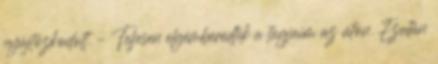
nyújtózkodott. – Teljesen elgémberedtek a tagjaim az úton. Ezután